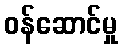
ဝန်ဆောင်မှု